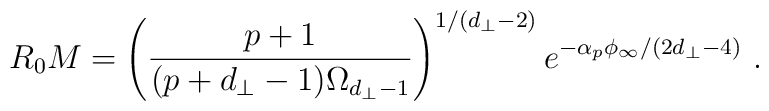
R_0 M = \left( \frac{p+1}{(p+d_\perp-1) \Omega_{d_\perp-1}} \right)^{1/(d_\perp-2)}e^{-\alpha_p \phi_\infty/(2d_\perp-4)}  \ .